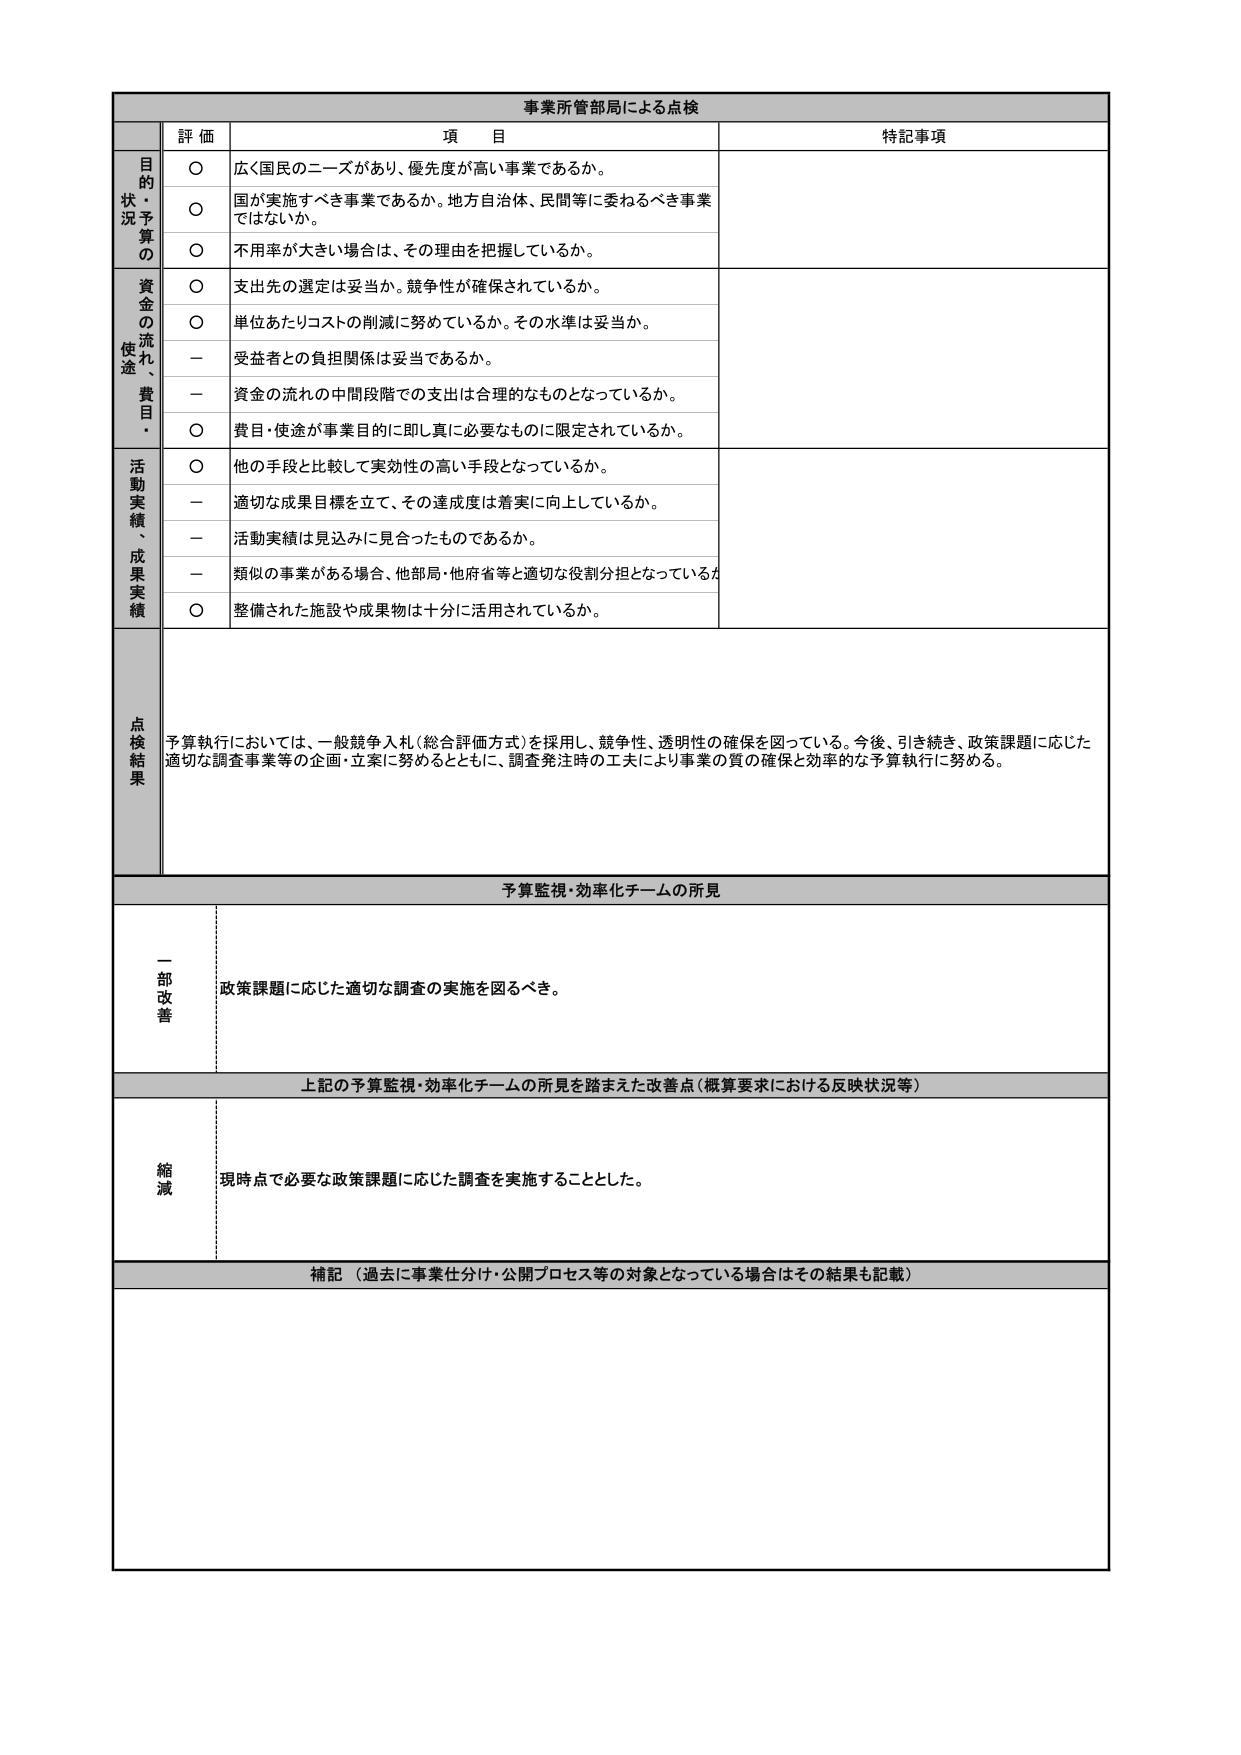
事業所管部局による点検

評価 項目 特記事項

目的状況・予算の
○ 広く国民のニーズがあり、優先度が高い事業であるか。
○ 国が実施すべき事業であるか。地方自治体、民間等に委ねるべき事業ではないか。
○ 不用率が大きい場合は、その理由を把握しているか。

資金の流れ、使途・費目・
○ 支出先の選定は妥当か。競争性が確保されているか。
○ 単位あたりコストの削減に努めているか。その水準は妥当か。
－ 受益者との負担関係は妥当であるか。
－ 資金の流れの中間段階での支出は合理的なものとなっているか。
○ 費目・使途が事業目的に即し真に必要なものに限定されているか。

活動実績、成果実績
○ 他の手段と比較して実効性の高い手段となっているか。
－ 適切な成果目標を立て、その達成度は着実に向上しているか。
－ 活動実績は見込みに見合ったものであるか。
－ 類似の事業がある場合、他部局・他府省等と適切な役割分担となっているか。
○ 整備された施設や成果物は十分に活用されているか。

点検結果
予算執行においては、一般競争入札（総合評価方式）を採用し、競争性、透明性の確保を図っている。今後、引き続き、政策課題に応じた適切な調査事業等の企画・立案に努めるとともに、調査発注時の工夫により事業の質の確保と効率的な予算執行に努める。

予算監視・効率化チームの所見

一部改善
政策課題に応じた適切な調査の実施を図るべき。

上記の予算監視・効率化チームの所見を踏まえた改善点（概算要求における反映状況等）

縮減
現時点で必要な政策課題に応じた調査を実施することとした。

補記（過去に事業仕分け・公開プロセス等の対象となっている場合はその結果も記載）